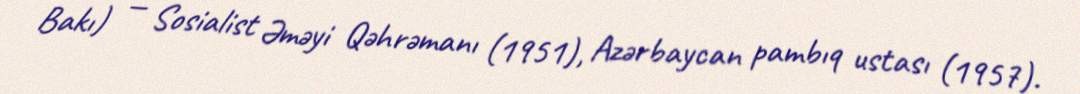
Bakı) — Sosialist Əməyi Qəhrəmanı (1951), Azərbaycan pambıq ustası (1957).